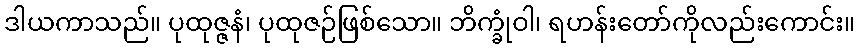
ဒါယကာသည်။ ပုထုဇ္ဇနံ၊ ပုထုဇဉ်ဖြစ်သော။ ဘိက္ခုံဝါ၊ ရဟန်းတော်ကိုလည်းကောင်း။